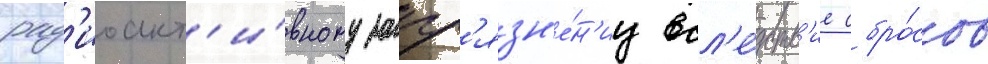
рад'иоакт'и́вному загр'язн'е́н'иу всл'е́дств'ие сбро́сов